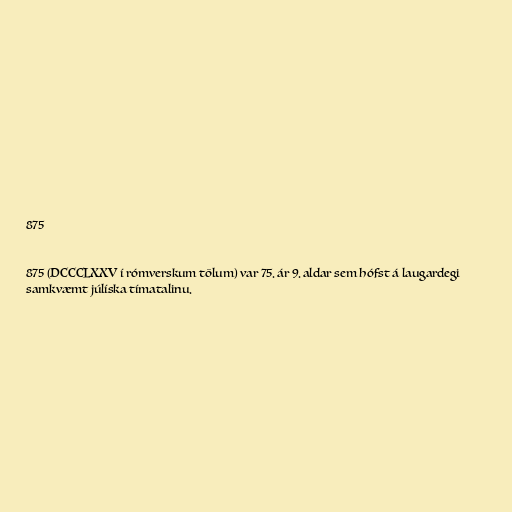
875

875 (DCCCLXXV í rómverskum tölum) var 75. ár 9. aldar sem hófst á laugardegi
samkvæmt júlíska tímatalinu.